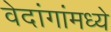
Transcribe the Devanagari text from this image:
वेदांगांमध्ये